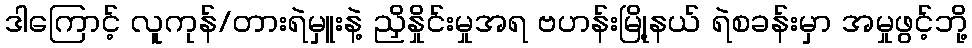
ဒါကြောင့် လူကုန်/တားရဲမှူးနဲ့ ညှိနှိုင်းမှုအရ ဗဟန်းမြို့နယ် ရဲစခန်းမှာ အမှုဖွင့်ဘို့